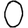
Digit: 0